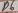
Text: D6